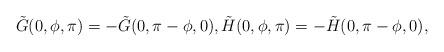
LaTeX: \begin{align*}\tilde{G}(0,\phi,\pi)=-\tilde{G}(0,\pi-\phi,0), \tilde{H}(0,\phi,\pi)=-\tilde{H}(0,\pi-\phi,0),\end{align*}